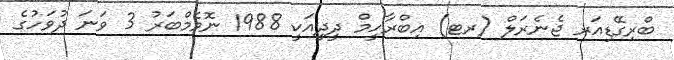
ބްރިގޭޑިއަރ ޖެނެރަލް (ރޓ) އިބްރާހީމް ދީދީއަކީ 1988 ނޮވެމްބަރު 3 ވަނަ ދުވަހުގެ